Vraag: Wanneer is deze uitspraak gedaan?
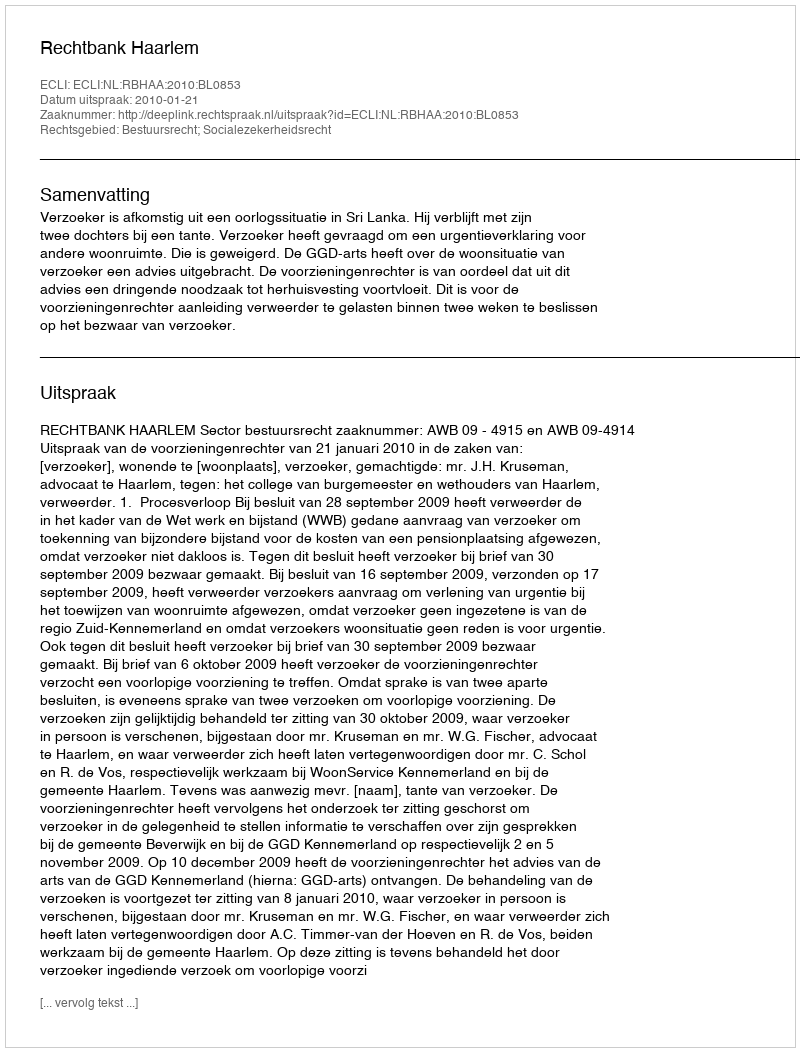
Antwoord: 2010-01-21